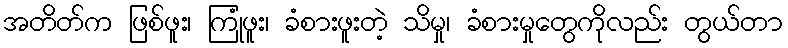
အတိတ်က ဖြစ်ဖူး၊ ကြုံဖူး၊ ခံစားဖူးတဲ့ သိမှု၊ ခံစားမှုတွေကိုလည်း တွယ်တာ